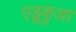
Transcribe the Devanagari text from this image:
एडूकुआ